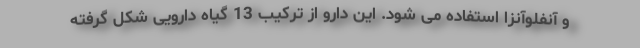
و آنفلوآنزا استفاده می شود. این دارو از ترکیب 13 گیاه دارویی شکل گرفته